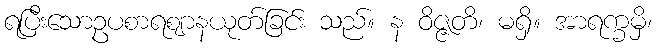
ရပြီးသောဥပစာရဈာနယုတ်ခြင်း သည်။ န ဝိဇ္ဇတိ၊ မရှိ။ အာရက္ခမှိ၊